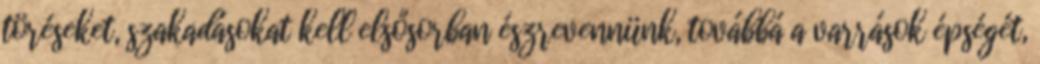
töréseket, szakadásokat kell elsősorban észrevennünk, továbbá a varrások épségét,